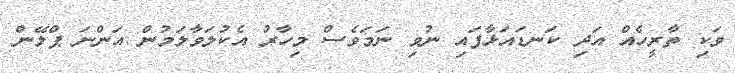
ވަކި ތާރީހެއް އަދި ކަނޑައަޅާފައި ނުވި ނަމަވެސް މިހާރު އެކުލަވާލަމުން އަންނަ ޕްލޭން